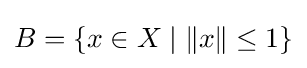
B=\{x\in X\mid \|x\|\leq 1\}